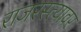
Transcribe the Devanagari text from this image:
राजरस्त्यावर